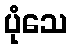
ပုံသေ